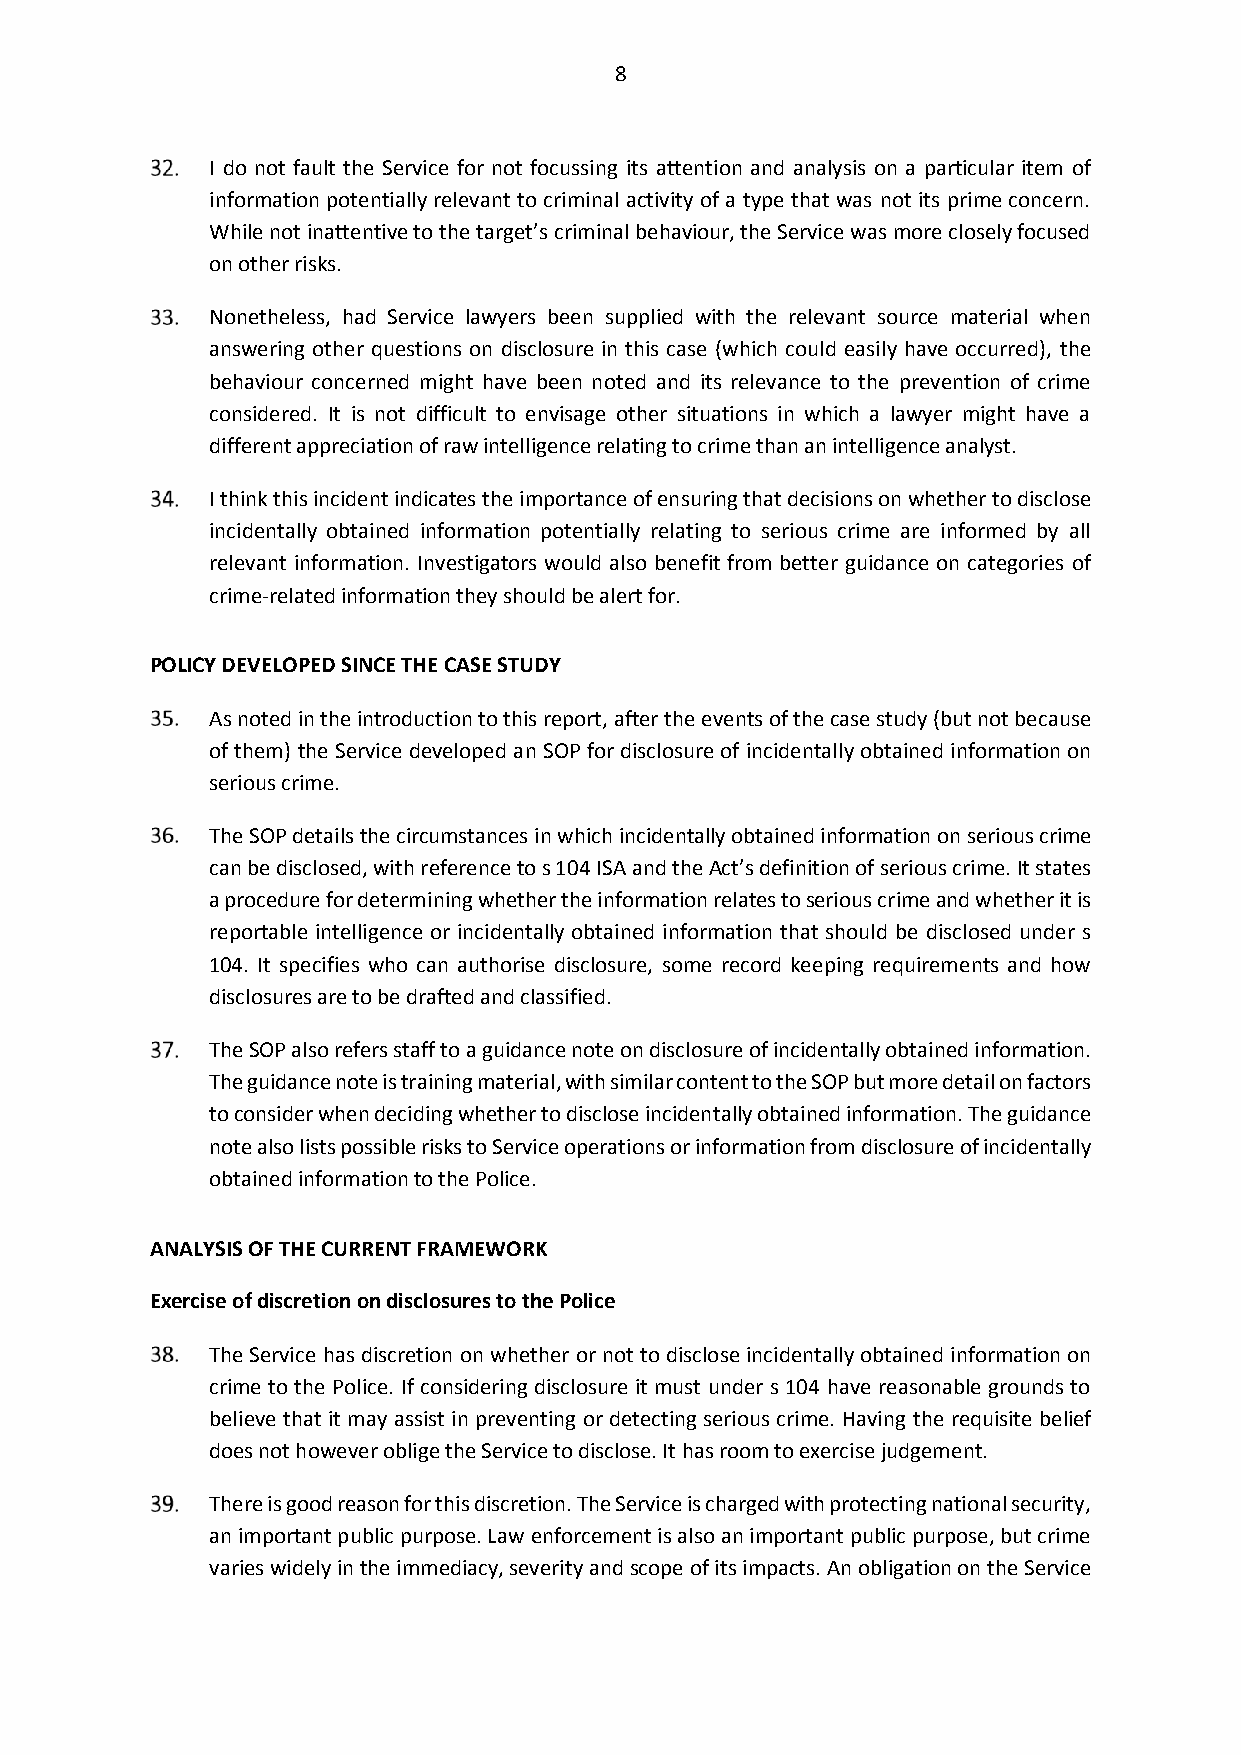
8
 I do not fault the Service for not focussing its attention and analysis on a particular item of
 information potentially relevant to criminal activity of a type that was not its prime concern.
 While not inattentive to the target’s criminal behaviour, the Service was more closely focused
 on other risks.
 Nonetheless, had Service lawyers been supplied with the relevant source material when
 answering other questions on disclosure in this case (which could easily have occurred), the
 behaviour concerned might have been noted and its relevance to the prevention of crime
 considered. It is not difficult to envisage other situations in which a lawyer might have a
 different appreciation of raw intelligence relating to crime than an intelligence analyst.
 I think this incident indicates the importance of ensuring that decisions on whether to disclose
 incidentally obtained information potentially relating to serious crime are informed by all
 relevant information. Investigators would also benefit from better guidance on categories of
 crime-related information they should be alert for.
 POLICY DEVELOPED SINCE THE CASE STUDY
 As noted in the introduction to this report, after the events of the case study (but not because
 of them) the Service developed an SOP for disclosure of incidentally obtained information on
 serious crime.
 The SOP details the circumstances in which incidentally obtained information on serious crime
 can be disclosed, with reference to s 104 ISA and the Act’s definition of serious crime. It states
 a procedure for determining whether the information relates to serious crime and whether it is
 reportable intelligence or incidentally obtained information that should be disclosed under s
 104. It specifies who can authorise disclosure, some record keeping requirements and how
 disclosures are to be drafted and classified.
 The SOP also refers staff to a guidance note on disclosure of incidentally obtained information.
 The guidance note is training material, with similar content to the SOP but more detail on factors
 to consider when deciding whether to disclose incidentally obtained information. The guidance
 note also lists possible risks to Service operations or information from disclosure of incidentally
 obtained information to the Police.
 ANALYSIS OF THE CURRENT FRAMEWORK
 Exercise of discretion on disclosures to the Police
 The Service has discretion on whether or not to disclose incidentally obtained information on
 crime to the Police. If considering disclosure it must under s 104 have reasonable grounds to
 believe that it may assist in preventing or detecting serious crime. Having the requisite belief
 does not however oblige the Service to disclose. It has room to exercise judgement.
 There is good reason for this discretion. The Service is charged with protecting national security,
 an important public purpose. Law enforcement is also an important public purpose, but crime
 varies widely in the immediacy, severity and scope of its impacts. An obligation on the Service